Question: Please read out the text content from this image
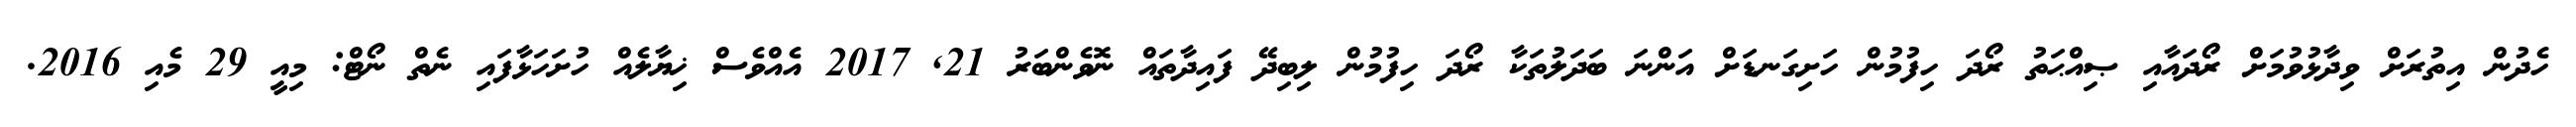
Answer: ހެދުން އިތުރަށް ވިދާޅުވުމަށް ރޯދައާއި ޞިއްޙަތު ރޯދަ ހިފުމުން ހަށިގަނޑަށް އަންނަ ބަދަލުތަކާ ރޯދަ ހިފުމުން ލިބިދޭ ފައިދާތައް ނޮވެންބަރު 21, 2017 އެއްވެސް ޚިޔާލެއް ހުށަހަޅާފައި ނެތް ނޯޓް: މިއީ 29 މެއި 2016.